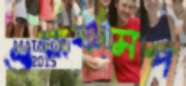
ওয়ার্কসপ